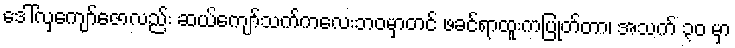
ဒေါ်လှကျော်ဇောလည်း ဆယ်ကျော်သက်ကလေးဘဝမှာတင် ဖခင်ရာထူးကပြုတ်တာ၊ အသက် ၃၀ မှာ